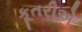
કૂતરીએ